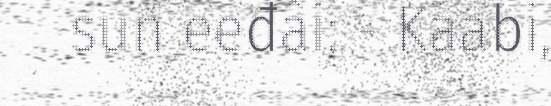
sun eeđâi: - Kaabi,